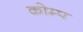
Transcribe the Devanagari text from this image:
कोम्प